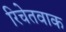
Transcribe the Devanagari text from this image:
रिचेतवाक